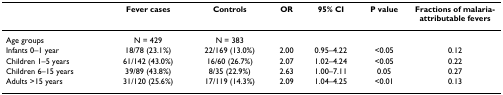
<table><thead><tr><td></td><td><b>Fever cases</b></td><td><b>Controls</b></td><td><b>OR</b></td><td><b>95% CI</b></td><td><b>P value</b></td><td><b>Fractions of malaria-attributable fevers</b></td></tr></thead><tbody><tr><td>Age groups</td><td>N = 429</td><td>N = 383</td><td></td><td></td><td></td><td></td></tr><tr><td>Infants 0–1 year</td><td>18/78 (23.1%)</td><td>22/169 (13.0%)</td><td>2.00</td><td>0.95–4.22</td><td>&lt;0.05</td><td>0.12</td></tr><tr><td>Children 1–5 years</td><td>61/142 (43.0%)</td><td>16/60 (26.7%)</td><td>2.07</td><td>1.02–4.24</td><td>&lt;0.05</td><td>0.22</td></tr><tr><td>Children 6–15 years</td><td>39/89 (43.8%)</td><td>8/35 (22.9%)</td><td>2.63</td><td>1.00–7.11</td><td>0.05</td><td>0.27</td></tr><tr><td>Adults &gt;15 years</td><td>31/120 (25.6%)</td><td>17/119 (14.3%)</td><td>2.09</td><td>1.04–4.25</td><td>&lt;0.01</td><td>0.13</td></tr></tbody></table>